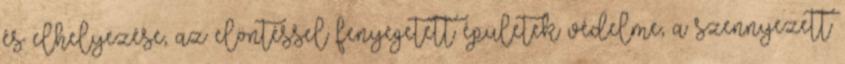
és elhelyezése, az elöntéssel fenyegetett épületek védelme, a szennyezett